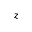
z